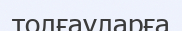
толғауларға